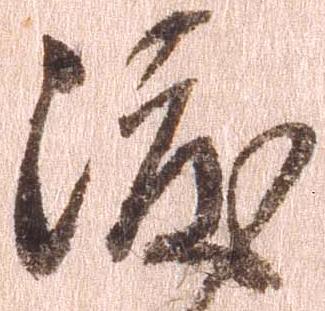
渡